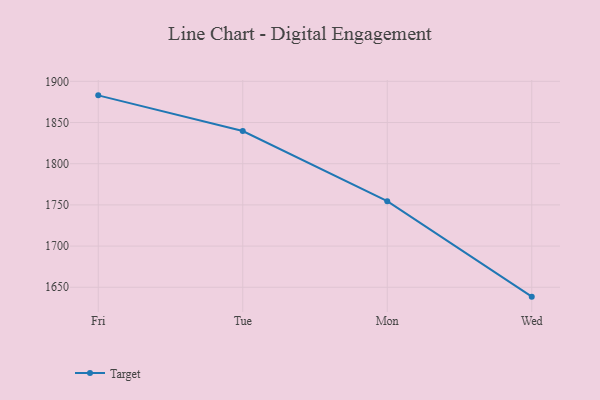
{"axis": {"x": "Day", "y": "Backlog"}, "legend": ["Target"], "data": [{"x": "Fri", "y": 1883.0, "type": "Target"}, {"x": "Tue", "y": 1839.7, "type": "Target"}, {"x": "Mon", "y": 1754.5, "type": "Target"}, {"x": "Wed", "y": 1638.6, "type": "Target"}]}